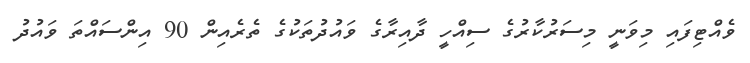
ވެއްޓިފައި މިވަނީ މިސަރުކާރުގެ ސިއްހީ ދާއިރާގެ ވައުދުތަކުގެ ތެރެއިން 90 އިންސައްތަ ވައުދު